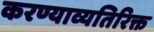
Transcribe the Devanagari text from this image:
करण्याव्यतिरिक्त